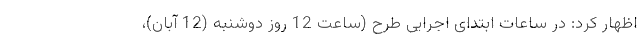
اظهار کرد: در ساعات ابتدای اجرایی طرح (ساعت 12 روز دوشنبه (12 آبان)،